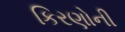
કિરણોની